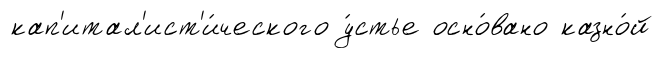
кап'итал'ист'и́ческого у́стье осно́вано казно́й